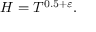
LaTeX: H = T ^ { 0 . 5 + \varepsilon } .